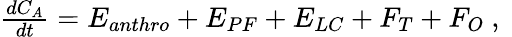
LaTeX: \begin{array}{r}{\frac{dC_{A}}{dt}=E_{anthro}+E_{PF}+E_{LC}+F_{T}+F_{O}\mathrm{~,~}}\end{array}